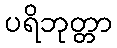
ပရိဘုတ္တာ